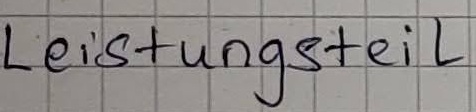
Text: Leistungsteil